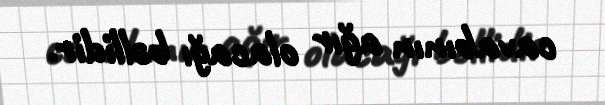
cavabının ağır olacağı bəllidir.